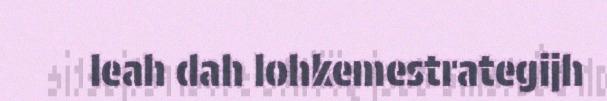
leah dah lohkemestrategijh